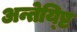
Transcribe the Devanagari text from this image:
अन्तेय्ष्टि